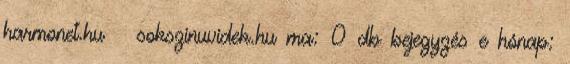
harmonet.hu sokszinuvidek.hu ma: 0 db bejegyzés e hónap: